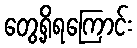
တွေ့ရှိရကြောင်း